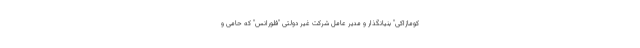
کومازاکی" بنیانگذار و مدیر عامل شرکت غیر دولتی "فلورانس" که حامی و